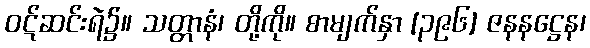
ဝဋ်ဆင်းရဲ၌။ သတ္တာနံ၊ တို့ကို။ စာမျက်နှာ [၃၉၆] ဇနနဋ္ဌေန၊